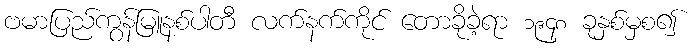
ဗမာပြည်ကွန်မြူနစ်ပါတီ လက်နက်ကိုင် တောခိုခဲ့ရာ ၁၉၄၈ ခုနှစ်မှစ၍